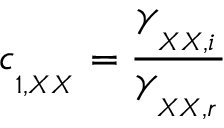
c _ { _ { _ { 1 , X X } } } = \frac { \gamma _ { _ { _ { X X , i } } } } { \gamma _ { _ { _ { X X , r } } } }